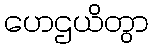
ဟေဌယိတွာ